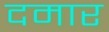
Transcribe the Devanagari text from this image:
दमार